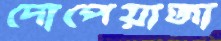
দোপেয়াজা